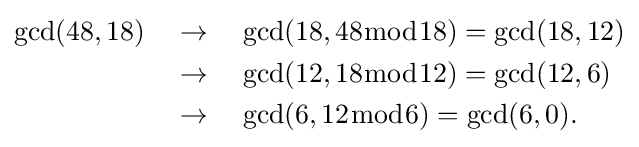
{\begin{aligned}\gcd(48,18)\quad &\to \quad \gcd(18,48{\bmod {1}}8)=\gcd(18,12)\\&\to \quad \gcd(12,18{\bmod {1}}2)=\gcd(12,6)\\&\to \quad \gcd(6,12{\bmod {6}})=\gcd(6,0).\end{aligned}}